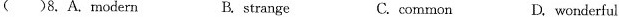
( )8. A. Modern B. strange C. common D. wonderful